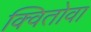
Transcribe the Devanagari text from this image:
क्वितोवा